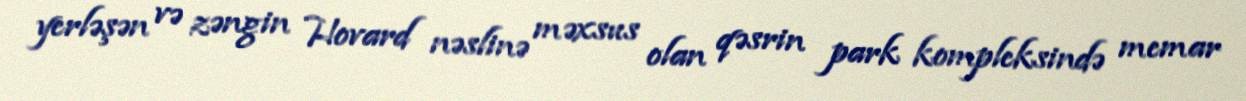
yerləşən və zəngin Hovard nəslinə məxsus olan qəsrin park kompleksində memar